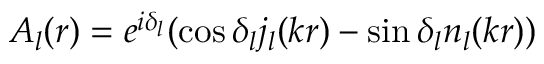
A _ { l } ( r ) = e ^ { i \delta _ { l } } ( \cos \delta _ { l } j _ { l } ( k r ) - \sin \delta _ { l } n _ { l } ( k r ) )